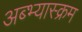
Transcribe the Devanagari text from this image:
अब्भ्यास्क्रम